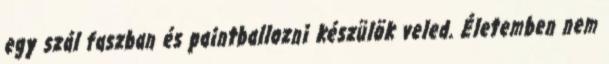
egy szál faszban és paintballozni készülök veled. Életemben nem